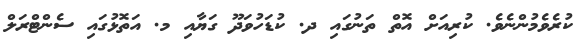
ކުރެވެމުންނެވެ. ކުރިއަށް އޮތް ތަނުގައި ދ. ކުޑަހުވަދޫ ގަޔާއި މ. އަތޮޅުގައި ސެންޓްރަލް